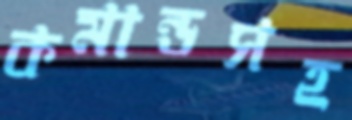
কমান্ডসহ